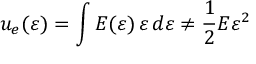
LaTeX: u _ { e } ( \varepsilon ) = \int E ( \varepsilon ) \, \varepsilon \, d \varepsilon \neq { \frac { 1 } { 2 } } E \varepsilon ^ { 2 }